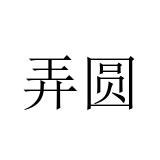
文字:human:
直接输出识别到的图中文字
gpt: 弄圆